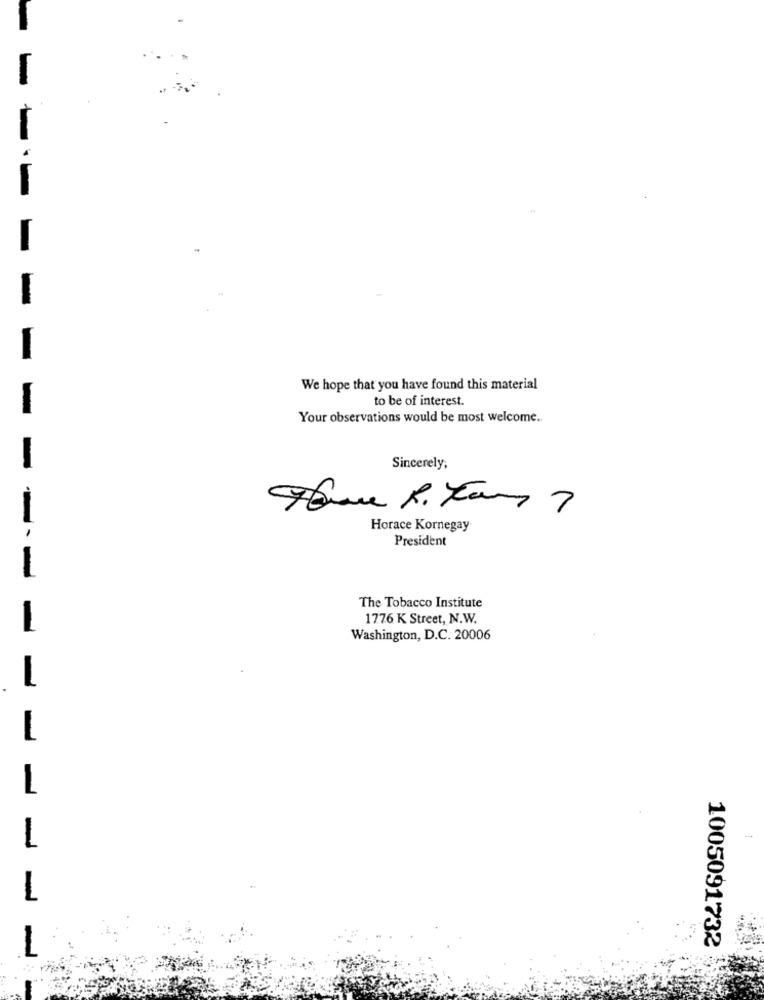
-
We hope that you have found this material
to be of interest.
-
Your observations would be most welcome ..
Sincerely,
Horace Kornegay
--
President
-
The Tobacco Institute
1776 K Street, N.W.
-
Washington, D.C. 20006
-
L
-
1005091732